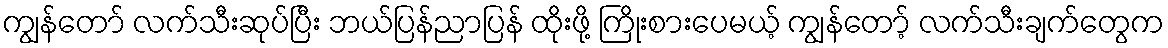
ကျွန်တော် လက်သီးဆုပ်ပြီး ဘယ်ပြန်ညာပြန် ထိုးဖို့ ကြိုးစားပေမယ့် ကျွန်တော့် လက်သီးချက်တွေက